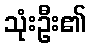
သုံးဦး၏